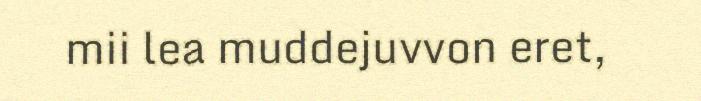
mii lea muddejuvvon eret,